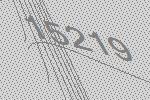
15219